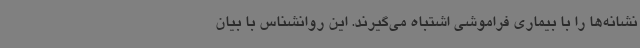
نشانه‌ها را با بیماری فراموشی اشتباه می‌گیرند. این روانشناس با بیان